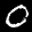
Label: 0